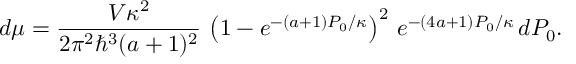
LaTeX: d \mu = \frac { V \kappa ^ { 2 } } { 2 \pi ^ { 2 } \hbar ^ { 3 } ( a + 1 ) ^ { 2 } } \, \left( 1 - e ^ { - ( a + 1 ) P _ { 0 } / \kappa } \right) ^ { 2 } \, e ^ { - ( 4 a + 1 ) P _ { 0 } / \kappa } \, d P _ { 0 } .